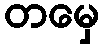
တမှေ